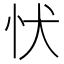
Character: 𢗗